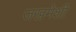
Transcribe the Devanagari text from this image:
जखमेशी